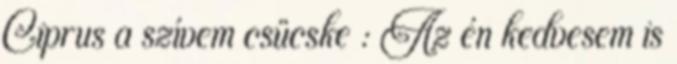
Ciprus a szívem csücske : Az én kedvesem is